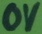
Text: 0V